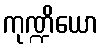
ကုဏ္ဍိယော